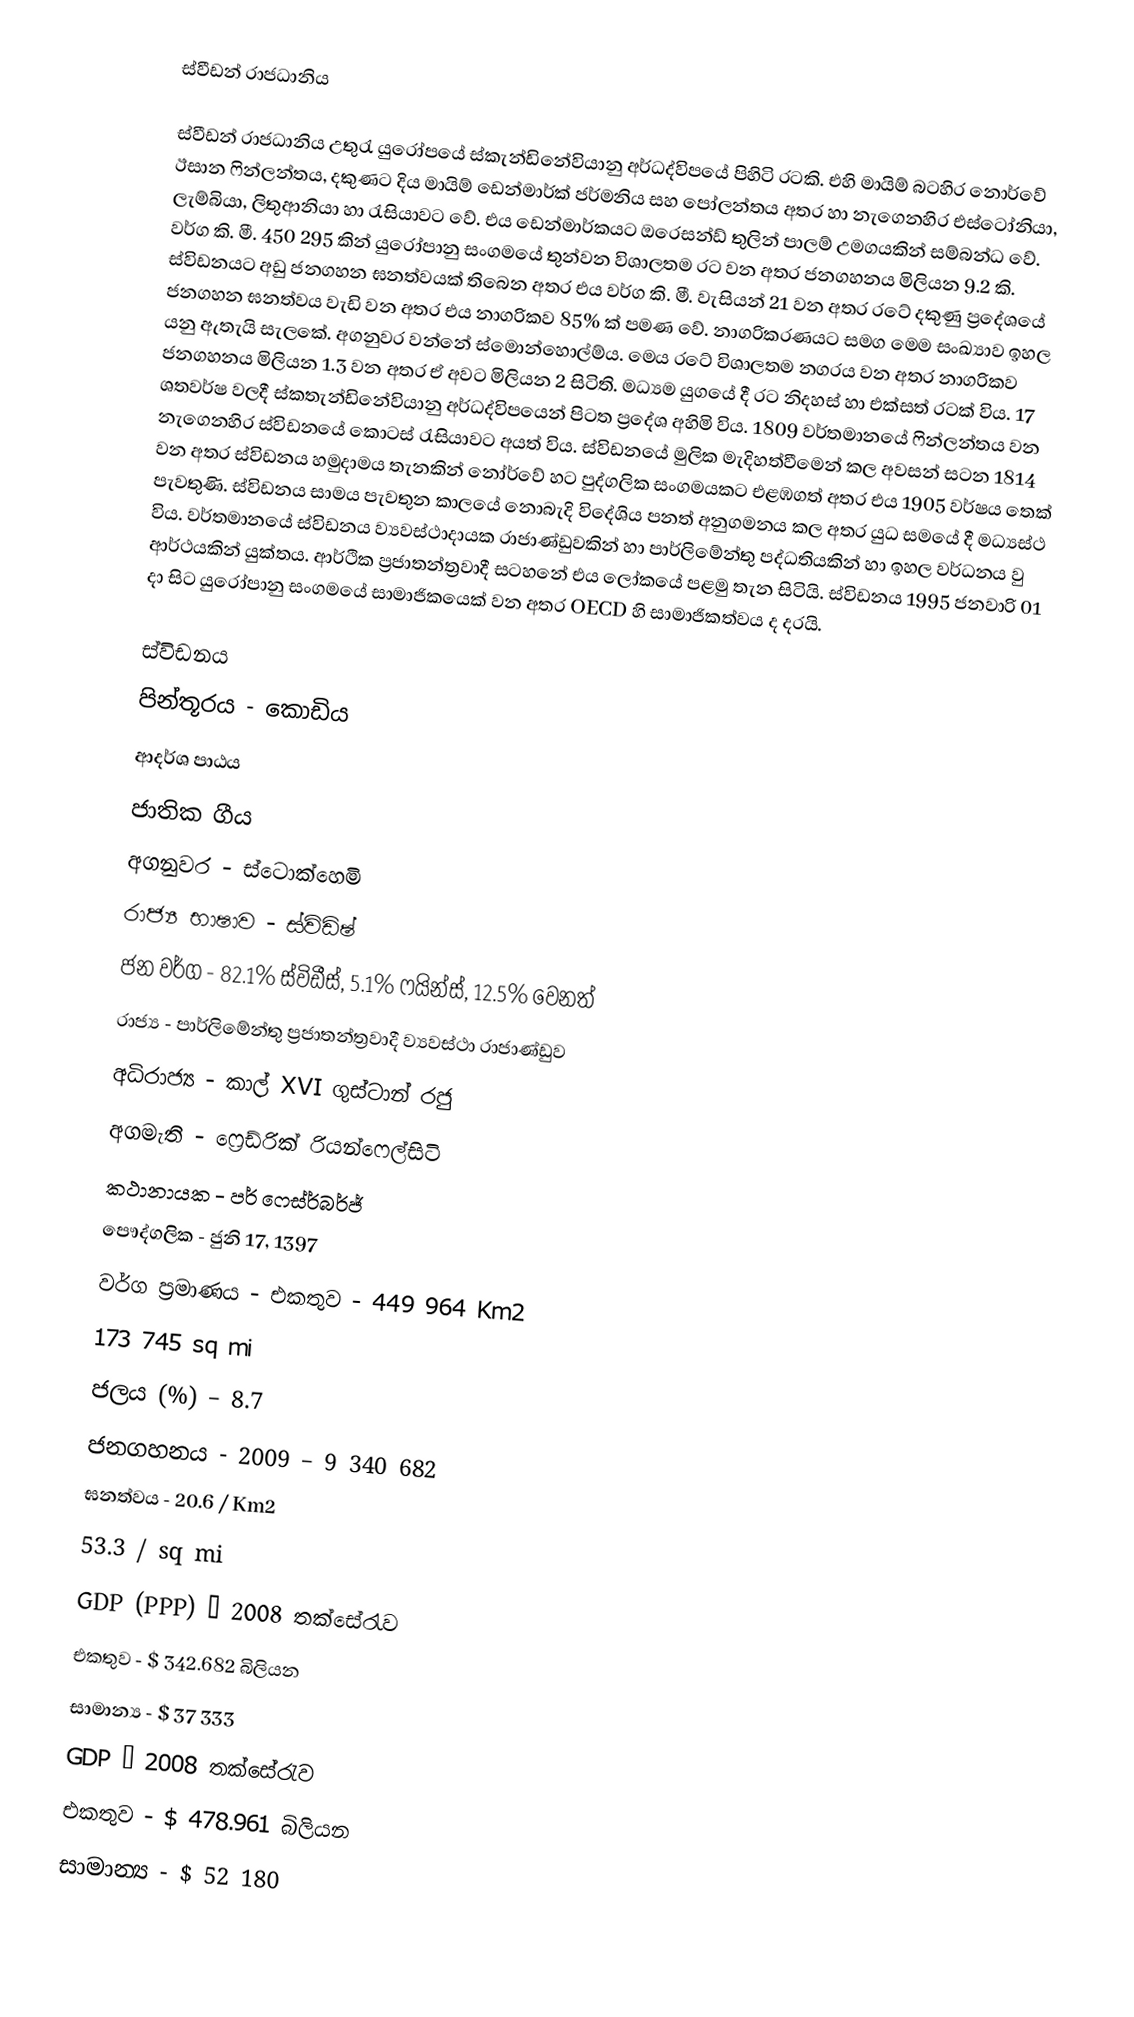
ස්වීඩන් රාජධානිය

ස්වීඩන් රාජධානිය උතුරැ යු‍රෝපයේ ස්කැන්ඩිනේවියානු අර්ධද්විපයේ පිහිටි රටකි. එහි මායිම් බටහිර නොර්වේ ඊසාන ෆින්ලන්තය, දකුණට දිය මායිම් ඩෙන්මාර්ක් ජර්මනිය සහ පෝලන්තය අතර හා නැගෙනහිර එස්ටෝනියා, ලැම්බියා, ලිතුආනියා හා රැසියාවට වේ. එය ඩෙන්මාර්කයට ඔරෙසන්ඩ් තුලින් පාලම් උමගයකින් සම්බන්ධ වේ. වර්ග කි. මී. 450 295 කින් යුරෝපානු සංගමයේ තුන්වන විශාලතම රට වන අතර ජනගහනය මිලියන 9.2 කි. ස්විඩනයට අඩු ජනගහන ඝනත්වයක් තිබෙන අතර එය වර්ග කි. මී. වැසියන් 21 වන අතර රටේ දකුණු ප්‍රදේශයේ ජනගහන ඝනත්වය වැඩි වන අතර එය නාගරිකව 85% ක් පමණ වේ. නාගරිකරණයට සමග මෙම සංඛ්‍යාව ඉහල යනු ඇතැයි සැලකේ. අගනුවර වන්නේ ස්මොන්හොල්ම්ය. මෙය රටේ විශාලතම නගරය වන අතර නාගරිකව ජනගහනය මිලියන 1.3 වන අතර ඒ අවට මිලියන 2 සිටිති. මධ්‍යම යුගයේ දී රට නිදහස් හා එක්සත් රටක් විය. 17 ශතවර්ෂ වලදී ස්කතැන්ඩිනේවියානු අර්ධද්විපයෙන් පිටත ප්‍රදේශ අහිමි විය. 1809 වර්තමානයේ ෆින්ලන්තය වන නැගෙනහිර ස්විඩනයේ කොටස් රැසියාවට අයත් විය. ස්විඩනයේ මුලික මැදිහත්වීමෙන් කල අවසන් සටන 1814 වන අතර ස්විඩනය හමුදාමය තැනකින් නෝර්වේ හට පුද්ගලික සංගමයකට එළඹගත් අතර එය 1905 වර්ෂය තෙක් පැවතුණි. ස්විඩනය සාමය පැවතුන කාලයේ නොබැදි විදේශිය පනත් අනුගමනය කල අතර යුධ සමයේ දී මධ්‍යස්ථ විය. වර්තමානයේ ස්විඩනය ව්‍යවස්ථාදායක රාජාණ්ඩුවකින් හා පාර්ලිමේන්තු පද්ධතියකින් හා ඉහල වර්ධනය වු ආර්ථයකින් යුක්තය. ආර්ථික ප්‍රජාතන්ත්‍රවාදී සටහනේ එය ලෝකයේ පළමු තැන සිටියි. ස්විඩනය 1995 ජනවාරි 01 දා සිට යුරෝපානු සංගමයේ සාමාජිකයෙක් වන අතර OECD හි සාමාජිකත්වය ද දරයි.

ස්විඩනය
පින්තූරය - කොඩිය
ආදර්ශ පාඨය
ජාතික ගීය
අගනුවර - ස්ටොක්හෙමි
රාජ්‍ය භාෂාව - ස්විඩිෂ්
ජන වර්ග - 82.1% ස්විඩීස්, 5.1% ෆයින්ස්, 12.5% වෙනත්
රාජ්‍ය - පාර්ලිමේන්තු ප්‍රජාතන්ත්‍රවාදී ව්‍යවස්ථා රාජාණ්ඩුව
අධිරාජ්‍ය - කාල් XVI ගුස්ටාන් රජු
අගමැති - ෆ්‍රෙඩ්රික් රියන්ෆෙල්සිටි
කථානායක - පර් ෆෙස්ර්බර්ජ්
පෞද්ගලික - ජුනි 17, 1397
වර්ග ප්‍රමාණය -	එකතුව	-	449 964  Km2
			173 745 sq mi
ජලය (%) – 8.7
ජනගහනය - 2009 – 9 340 682
ඝනත්වය	-	20.6 / Km2
		53.3 / sq mi
GDP (PPP) – 2008 තක්සේරැව
එකතුව - $  342.682 බිලියන
සාමාන්‍ය - $ 37 333
GDP – 2008 තක්සේරැව
එකතුව - $ 478.961 බිලියන
සාමාන්‍ය - $ 52 180